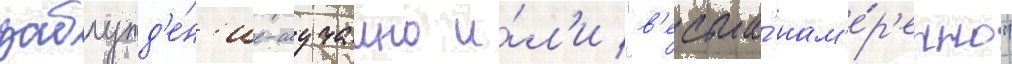
заблужд'е́н'ие-случаино и́л'и "в'есьма́ нам'е́р'енно"